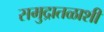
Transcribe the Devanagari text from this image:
समुद्रातळाशी